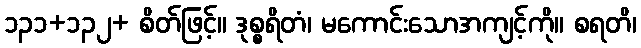
၁၃၁+၁၃၂+ စိတ်ဖြင့်။ ဒုစ္စရိတံ၊ မကောင်းသောအကျင့်ကို။ စရတိ၊